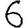
Digit: 6